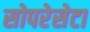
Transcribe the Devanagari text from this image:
सोपरेसेटा